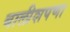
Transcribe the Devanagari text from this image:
बालीशपणा